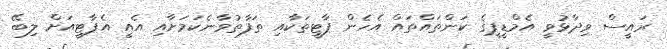
ރައީސް ވިދާޅުވީ އެމްޑީޕީގެ ކަންތައްތައް އެހެން ޕާޓީތަކާއި ތަފާތުވާނެކަމަށާއި އެއީ އެޕާޓީއަށް ލިބޭ